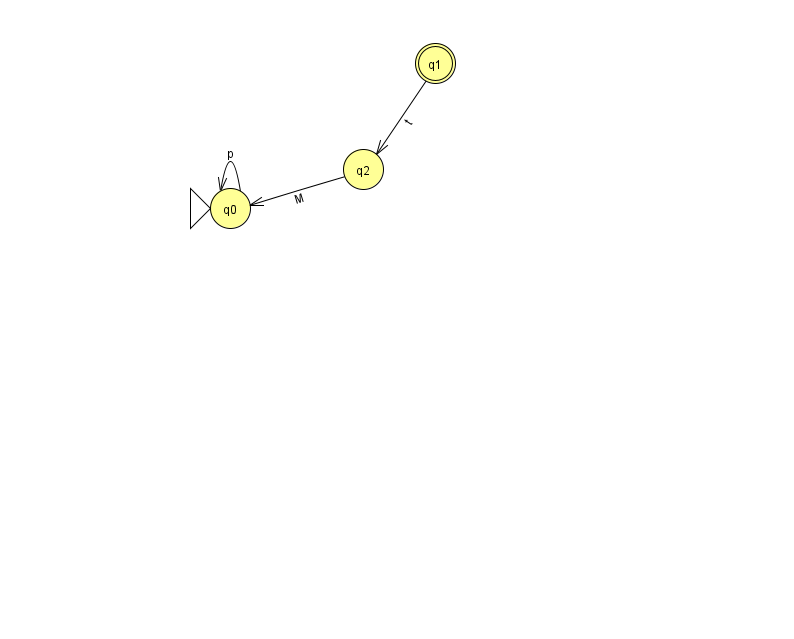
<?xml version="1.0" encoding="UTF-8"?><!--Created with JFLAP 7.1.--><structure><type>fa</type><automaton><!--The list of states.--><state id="0" name="q0"><x>230.0</x><y>195.0</y><initial/></state><state id="1" name="q1"><x>435.0</x><y>50.0</y><final/></state><state id="2" name="q2"><x>363.0</x><y>156.0</y></state><!--The list of transitions.--><transition><from>0</from><to>0</to><read>p</read></transition><transition><from>1</from><to>2</to><read>t</read></transition><transition><from>2</from><to>0</to><read>M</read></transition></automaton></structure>